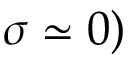
\sigma \simeq 0 )